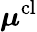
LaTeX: \boldsymbol{\mu}^{\mathrm{cl}}